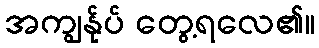
အကျွန်ုပ် တွေ့ရလေ၏။